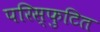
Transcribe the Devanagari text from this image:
परिस्फुटित